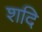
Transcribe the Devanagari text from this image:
शदि